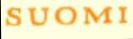
SUOMI